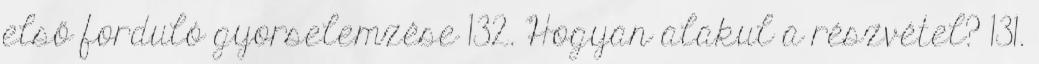
első forduló gyorselemzése 132. Hogyan alakul a részvétel? 131.